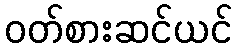
ဝတ်စားဆင်ယင်